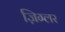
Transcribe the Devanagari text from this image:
ज़िग्लर